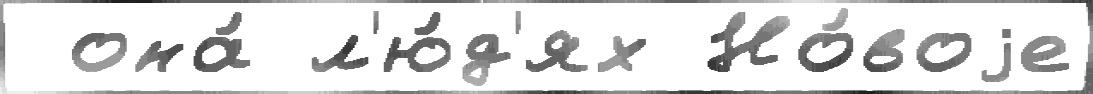
 она́ л'ю́д'ях Но́воjе